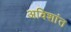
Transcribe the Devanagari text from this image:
अविशांत